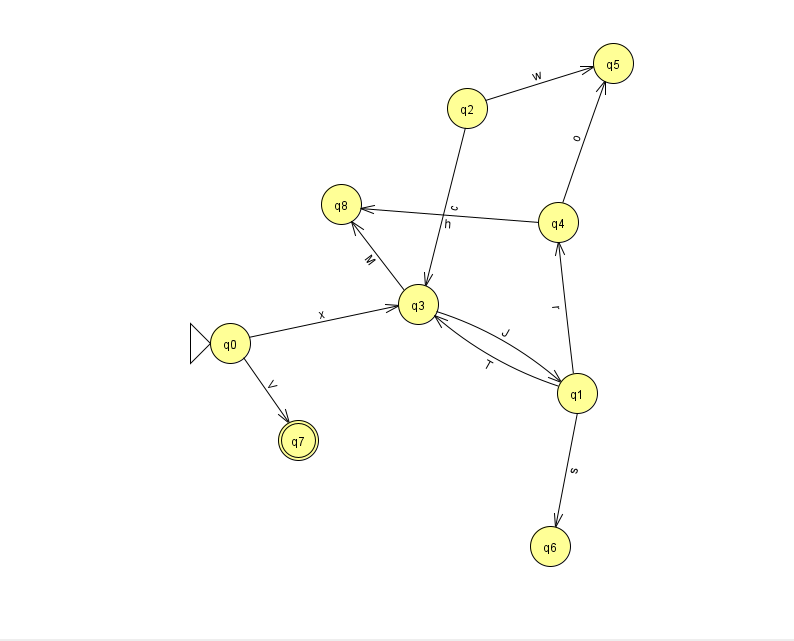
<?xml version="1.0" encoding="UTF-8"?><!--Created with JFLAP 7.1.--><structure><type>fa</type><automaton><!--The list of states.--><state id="0" name="q0"><x>230.0</x><y>330.0</y><initial/></state><state id="1" name="q1"><x>577.0</x><y>380.0</y></state><state id="2" name="q2"><x>467.0</x><y>95.0</y></state><state id="3" name="q3"><x>418.0</x><y>291.0</y></state><state id="4" name="q4"><x>558.0</x><y>209.0</y></state><state id="5" name="q5"><x>613.0</x><y>50.0</y></state><state id="6" name="q6"><x>550.0</x><y>533.0</y></state><state id="7" name="q7"><x>298.0</x><y>427.0</y><final/></state><state id="8" name="q8"><x>341.0</x><y>191.0</y></state><!--The list of transitions.--><transition><from>3</from><to>1</to><read>J</read></transition><transition><from>4</from><to>5</to><read>o</read></transition><transition><from>2</from><to>3</to><read>c</read></transition><transition><from>3</from><to>8</to><read>M</read></transition><transition><from>4</from><to>8</to><read>h</read></transition><transition><from>0</from><to>3</to><read>x</read></transition><transition><from>1</from><to>6</to><read>s</read></transition><transition><from>0</from><to>7</to><read>V</read></transition><transition><from>1</from><to>4</to><read>r</read></transition><transition><from>1</from><to>3</to><read>T</read></transition><transition><from>2</from><to>5</to><read>w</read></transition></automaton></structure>